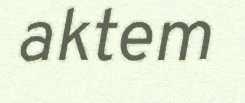
aktem